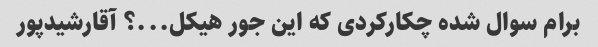
برام سوال شده چکارکردی که این جور هیکل...؟ آقارشیدپور